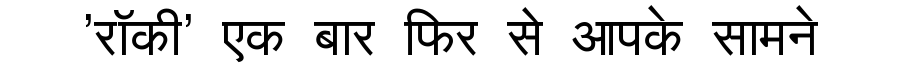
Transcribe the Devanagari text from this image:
'रॉकी' एक बार फिर से आपके सामने